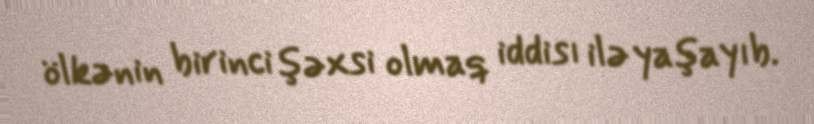
ölkənin birinci şəxsi olmaq iddisı ilə yaşayıb.